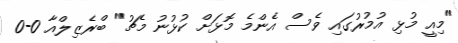
"މިއީ މުޅި އުމުރުގައި ވެސް އެންމެ މޮޅަށް ކުޅުނު މެޗު" ބްރެޒިލްއާ 0-0